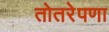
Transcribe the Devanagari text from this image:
तोतरेपणा